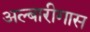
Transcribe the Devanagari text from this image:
अल्बारीगास